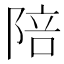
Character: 陪